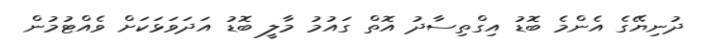
ދުނިޔޭގެ އެންމެ ބޮޑު އިގްތިސާދު އޮތް ގައުމު މާލީ ބޮޑު އަދަވަޅަކަށް ވެއްޓުމުން